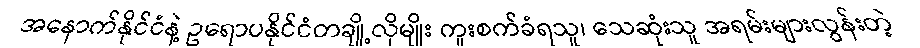
အနောက်နိုင်ငံနဲ့ ဥရောပနိုင်ငံတချို့လိုမျိုး ကူးစက်ခံရသူ၊ သေဆုံးသူ အရမ်းများလွန်းတဲ့